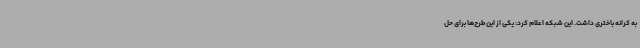
به کرانه باختری داشت. این شبکه اعلام کرد: یکی از این طرح‌ها برای حل